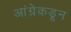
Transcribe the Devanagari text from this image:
आंग्रेकडून